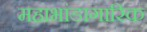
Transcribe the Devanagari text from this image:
महाभांडागारिक